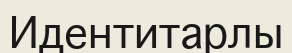
Идентитарлы